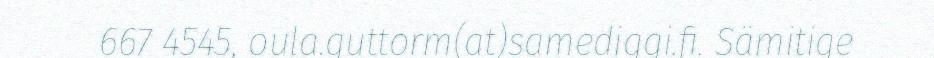
667 4545, oula.guttorm(at)samediggi.fi. Sämitige